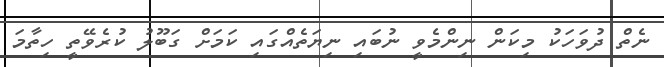
ނެތް ދުވަހަކު މިކަން ނިންމެވީ ނުބައި ނިޔަތެއްގައި ކަމަށް ގަބޫލު ކުރެވޭތީ ހިތާމަ